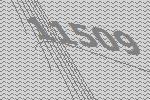
11509